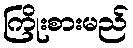
ကြိုးစားမည်